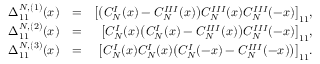
\begin{array} { r l r } { \Delta _ { 1 1 } ^ { N , ( 1 ) } ( x ) } & { = } & { \big [ \big ( C _ { N } ^ { I } ( x ) - C _ { N } ^ { I I I } ( x ) \big ) C _ { N } ^ { I I I } ( x ) C _ { N } ^ { I I I } ( - x ) \big ] _ { 1 1 } , } \\ { \Delta _ { 1 1 } ^ { N , ( 2 ) } ( x ) } & { = } & { \big [ C _ { N } ^ { I } ( x ) \big ( C _ { N } ^ { I } ( x ) - C _ { N } ^ { I I I } ( x ) \big ) C _ { N } ^ { I I I } ( - x ) \big ] _ { 1 1 } , } \\ { \Delta _ { 1 1 } ^ { N , ( 3 ) } ( x ) } & { = } & { \big [ C _ { N } ^ { I } ( x ) C _ { N } ^ { I } ( x ) \big ( C _ { N } ^ { I } ( - x ) - C _ { N } ^ { I I I } ( - x ) \big ) \big ] _ { 1 1 } . } \end{array}